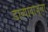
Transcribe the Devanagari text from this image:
डाव्याबाजूला